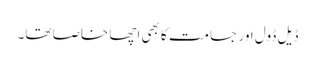
ڈیل ڈول اور جسامت کا بھی اچھا خاصا تھا۔